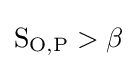
\mathrm {S} _{\mathrm {O} ,\mathrm {P} }>\beta